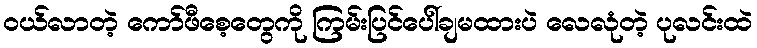
ဝယ်လာတဲ့ ကော်ဖီစေ့တွေကို ကြမ်းပြင်ပေါ်ချမထားပဲ လေလုံတဲ့ ပုလင်းထဲ